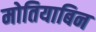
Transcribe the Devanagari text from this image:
मोतियाबिन